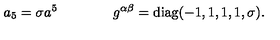
a _ { 5 } = \sigma a ^ { 5 } \qquad \qquad g ^ { \alpha \beta } = \mathrm { d i a g } ( - 1 , 1 , 1 , 1 , \sigma ) .